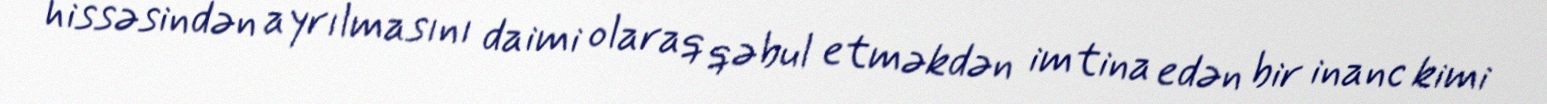
hissəsindən ayrılmasını daimi olaraq qəbul etməkdən imtina edən bir inanc kimi